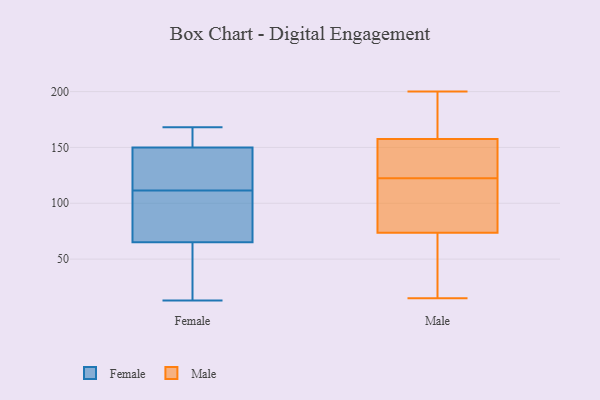
{"axis": {"x": "Satisfaction Score", "y": "Value"}, "legend": ["Female", "Male"], "data": [{"x": "", "y": 52, "type": "Female"}, {"x": "", "y": 53, "type": "Female"}, {"x": "", "y": 104, "type": "Female"}, {"x": "", "y": 122, "type": "Female"}, {"x": "", "y": 152, "type": "Female"}, {"x": "", "y": 127, "type": "Female"}, {"x": "", "y": 150, "type": "Female"}, {"x": "", "y": 100, "type": "Female"}, {"x": "", "y": 86, "type": "Female"}, {"x": "", "y": 168, "type": "Female"}, {"x": "", "y": 134, "type": "Female"}, {"x": "", "y": 118, "type": "Female"}, {"x": "", "y": 13, "type": "Female"}, {"x": "", "y": 20, "type": "Female"}, {"x": "", "y": 65, "type": "Female"}, {"x": "", "y": 153, "type": "Female"}, {"x": "", "y": 105, "type": "Female"}, {"x": "", "y": 155, "type": "Female"}, {"x": "", "y": 41, "type": "Male"}, {"x": "", "y": 126, "type": "Male"}, {"x": "", "y": 71, "type": "Male"}, {"x": "", "y": 153, "type": "Male"}, {"x": "", "y": 42, "type": "Male"}, {"x": "", "y": 140, "type": "Male"}, {"x": "", "y": 67, "type": "Male"}, {"x": "", "y": 15, "type": "Male"}, {"x": "", "y": 165, "type": "Male"}, {"x": "", "y": 200, "type": "Male"}, {"x": "", "y": 76, "type": "Male"}, {"x": "", "y": 117, "type": "Male"}, {"x": "", "y": 162, "type": "Male"}, {"x": "", "y": 163, "type": "Male"}, {"x": "", "y": 103, "type": "Male"}, {"x": "", "y": 120, "type": "Male"}, {"x": "", "y": 145, "type": "Male"}, {"x": "", "y": 108, "type": "Male"}, {"x": "", "y": 125, "type": "Male"}, {"x": "", "y": 199, "type": "Male"}]}